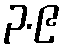
၃.၉